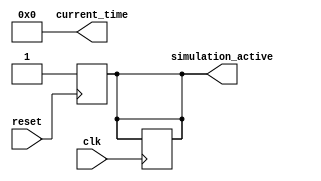
module simulation_time_initialization #(
    parameter START_TIME = 0,           // Default start time (in time units)
    parameter TIME_RESOLUTION = 1        // Default time resolution (in time units)
)(
    input wire clk,                      // Clock input for time progression
    input wire reset,                    // Reset signal to initialize the block
    output reg [31:0] current_time,      // Current simulation time output
    output reg simulation_active         // Flag indicating if simulation is active
);

    reg [31:0] time_counter;             // Internal time counter

    // Initialization process
    initial begin
        current_time = START_TIME;       // Set current time to start time
        time_counter = 0;                 // Initialize time counter to zero
        simulation_active = 1;            // Set simulation active flag
    end

    // On reset, reinitialize the block
    always @(posedge reset) begin
        current_time <= START_TIME;       // Set current time to start time
        time_counter <= 0;                 // Reinitialize time counter
        simulation_active <= 1;            // Set simulation active flag
    end

    // Time progression logic
    always @(posedge clk) begin
        if (simulation_active) begin
            time_counter <= time_counter + TIME_RESOLUTION; // Update time counter
            current_time <= START_TIME + time_counter;      // Update current time
        end
    end

    // Optional: Termination condition example
    always @(posedge clk) begin
        // Example termination condition (you can customize this)
        if (current_time >= 1000) begin // Arbitrary termination condition
            simulation_active <= 0;      // Deactivate simulation
        end
    end

endmodule